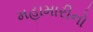
મહામારીનો